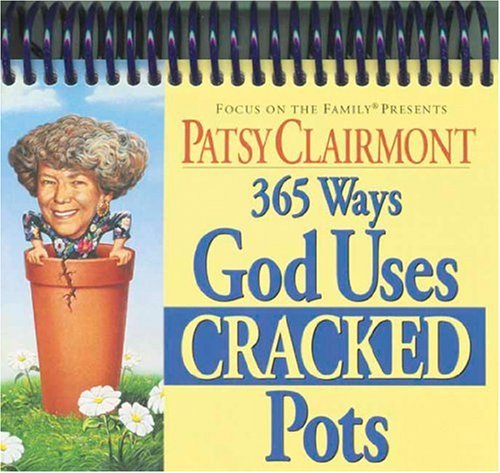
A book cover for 365 Ways God Uses Cracked Pots (Inspirations/Timeless Calendars); Patsy Clairmont; Calendars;